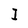
Character: I